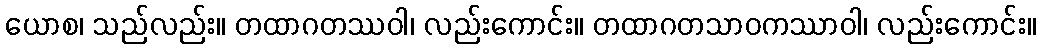
ယောစ၊ သည်လည်း။ တထာဂတဿဝါ၊ လည်းကောင်း။ တထာဂတသာဝကဿာဝါ၊ လည်းကောင်း။